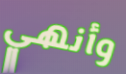
وأنهي